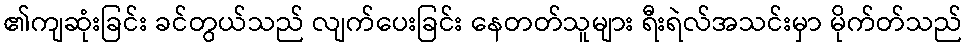
၏ကျဆုံးခြင်း ခင်တွယ်သည် လျက်ပေးခြင်း နေတတ်သူများ ရီးရဲလ်အသင်းမှာ မိုက်တ်သည်